Mental hospitals Bombay report 1921-28 - 1921-1928
Year: 1921
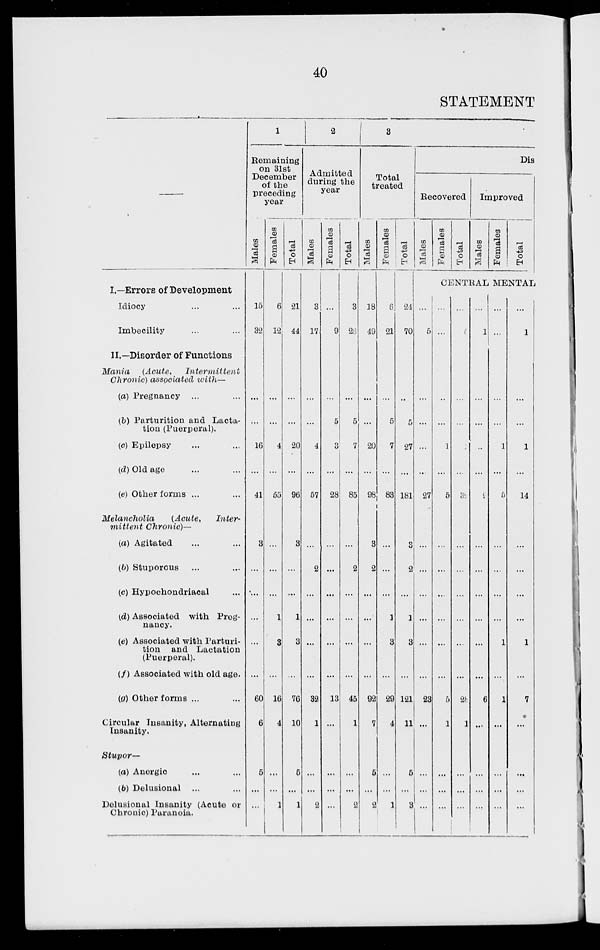
40
STATEMENT
—
I.—Errors of Development
Idiocy ... ...
Imbecility ... ...
II.—Disorder of Functions
Mania
(Acute,
Intermittent
Chronic) associated with—
(a) Pregnancy ... ...
(b) Parturition and Lacta-
tion (Puerperal).
(c) Epilepsy ... ...
(d) Old age ... ...
(e) Other forms ... ...
Melancholia
(Acute,
Inter-
mittent Chronic)—
(a) Agitated ... ...
(b) Stuporous ... ...
(c) Hypochondriacal ...
(d) Associated with Preg-
nancy.
(e) Associated with Parturi-
tion and Lactation
(Puerperal).
(f) Associated with old age.
(g) Other forms ... ...
Circular Insanity, Alternating
Insanity.
Stupor—
(a) Anergic ... ...
(b) Delusional ... ...
Delusional Insanity (Acute or
Chronic) Paranoia.
1
Remaining
on 31st
December
of the
preceding
year
Males
15
32
...
...
16
...
41
3
...
...
...
...
...
60
6
5
...
...
Females
6
12
...
...
4
...
55
...
...
...
1
3
...
16
4
...
...
1
Total
21
44
...
...
20
...
96
3
...
...
1
3
...
76
10
5
...
1
2
Admitted
during the
year
Males
3
17
...
...
4
...
57
...
2
...
...
...
...
32
1
...
...
2
Females
...
9
...
5
3
...
28
...
...
...
...
...
...
13
...
...
...
...
Total
3
26
...
5
7
...
85
...
2
...
...
...
...
45
1
...
...
2
3
Total
treated
Males
18
49
...
...
20
...
98
3
2
...
...
...
...
92
7
5
...
2
Females
6
21
...
5
7
...
83
...
...
...
1
3
...
29
4
...
...
1
Total
24
70
...
5
27
...
181
3
2
...
1
3
...
121
11
5
...
3
Dis
Recovered
Males
Females
Total
Improved
Males
Females
Total
CENTRAL MENTAL
...
5
...
...
...
...
27
...
...
...
...
...
...
23
...
...
...
...
...
...
...
...
1
...
5
...
...
...
...
...
...
5
1
...
...
...
...
5
...
1
...
32
...
...
...
...
...
...
28
1
...
...
...
...
1
...
...
...
...
9
...
...
...
...
...
...
6
...
...
...
...
...
...
...
...
1
...
5
...
...
...
...
1
...
1
...
...
...
...
...
1
...
...
1
...
14
...
...
...
...
1
...
7
...
...
...
...